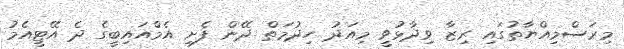
މިރަސްމިއްޔާތުގައި ރިޒާ ވިދާޅުވީ މިއަދު ހިދުމަތް ދޭން ފެށި އެމްއައިބީގެ ދެ އޭޓީއެމު